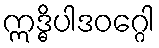
ဣဒ္ဓိပါဒဝဂ္ဂေါ